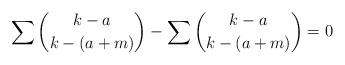
LaTeX: \begin{align*}\sum_{} \binom{k- a}{k-(a+m)} - \sum_{} \binom{k - a}{k-(a+m)} =0\end{align*}